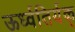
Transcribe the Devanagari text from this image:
ऊर्ध्वतिर्यक्‌